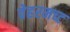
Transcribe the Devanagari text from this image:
वेहरमच्ट